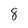
Character: 8